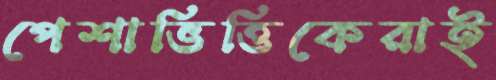
পেশাভিত্তিকেরাই